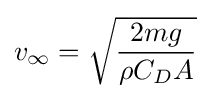
v_{\infty }={\sqrt {\frac {2mg}{\rho C_{D}A}}}